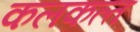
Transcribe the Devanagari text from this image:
कलकत्‍त